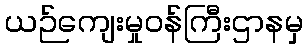
ယဉ်ကျေးမှုဝန်ကြီးဌာနမှ